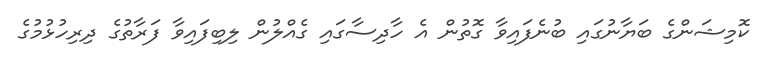
ކޮމިޝަންގެ ބަޔާނުގައި ބުނެފައިވާ ގޮތުން އެ ހާދިސާގައި ގެއްލުން ލިބިފައިވާ ފަރާތުގެ ދިރިހުޅުމުގެ